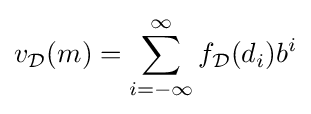
v_{\mathcal {D}}(m)=\sum _{i=-\infty }^{\infty }f_{\mathcal {D}}(d_{i})b^{i}